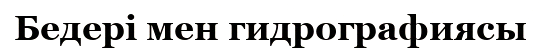
Бедері мен гидрографиясы